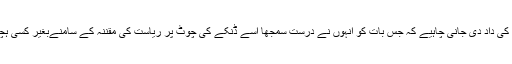
ان کی حق گوئی کی داد دی جانی چاہیے کہ جس بات کو انہوں نے درست سمجھا اسے ڈنکے کی چوٹ پر ریاست کی مقنّنہ کے سامنےبغیر کسی ہچکچاہٹ بیان کیا۔